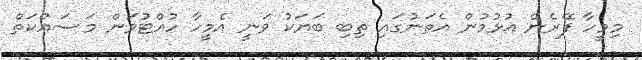
މިމީހާ ފޭރެން އުޅުމުން އެތަނުގައި ތިބި ބަޔަކު ވަނީ އެމީހާ ހުއްޓުވަން މަސައްކަތް